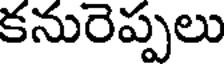
కనురెప్పలు